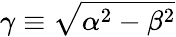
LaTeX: \gamma\equiv\sqrt{\alpha^{2}-\beta^{2}}